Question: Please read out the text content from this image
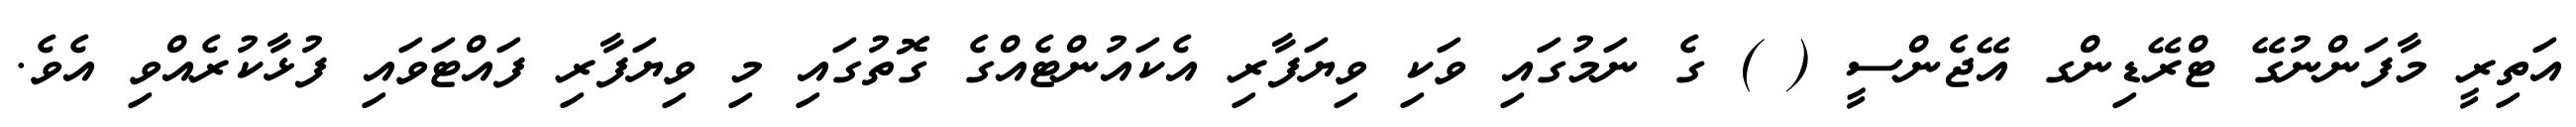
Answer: އަތިރީ މާފަންނުގޭ ޓްރޭޑިންގ އޭޖެންސީ ( ) ގެ ނަމުގައި ވަކި ވިޔަފާރި އެކައުންޓެއްގެ ގޮތުގައި މި ވިޔަފާރި ފައްޓަވައި ފުޅާކުރެއްވި އެވެ.